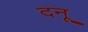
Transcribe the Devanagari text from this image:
दनू